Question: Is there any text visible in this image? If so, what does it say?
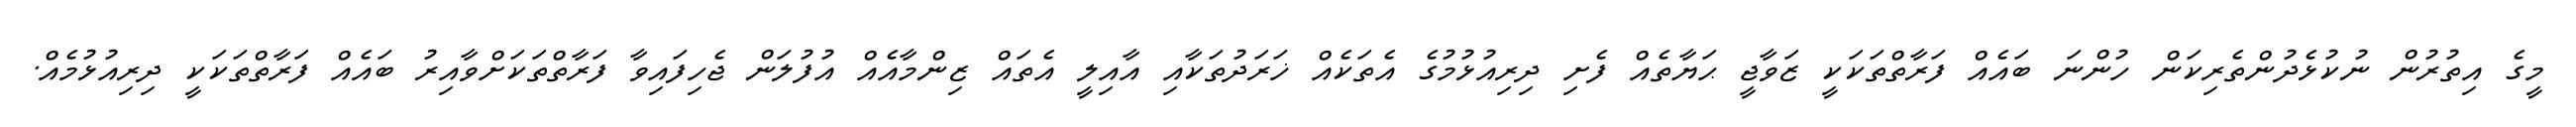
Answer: މީގެ އިތުރުން ނުކުޅެދުންތެރިކަން ހުންނަ ބައެއް ފަރާތްތަކަކީ ޒަވާޖީ ޙަޔާތެއް ފެށި ދިރިއުޅުމުގެ އެތަކެއް ޚަރަދުތަކާއި އާއިލީ އެތައް ޒިންމާއެއް އުފުލަން ޖެހިފައިވާ ފަރާތްތަކަށްވާއިރު ބައެއް ފަރާތްތަކަކީ ދިރިއުޅުމެއް.